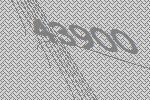
43900